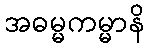
အဓမ္မကမ္မာနိ